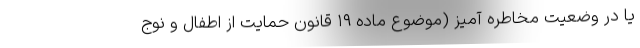
یا در وضعیت مخاطره آمیز (موضوع ماده ۱۹ قانون حمایت از اطفال و نوج